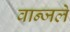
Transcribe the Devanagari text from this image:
वान्जले